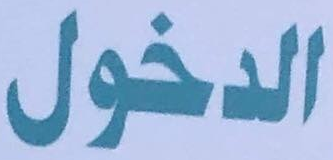
الدخول